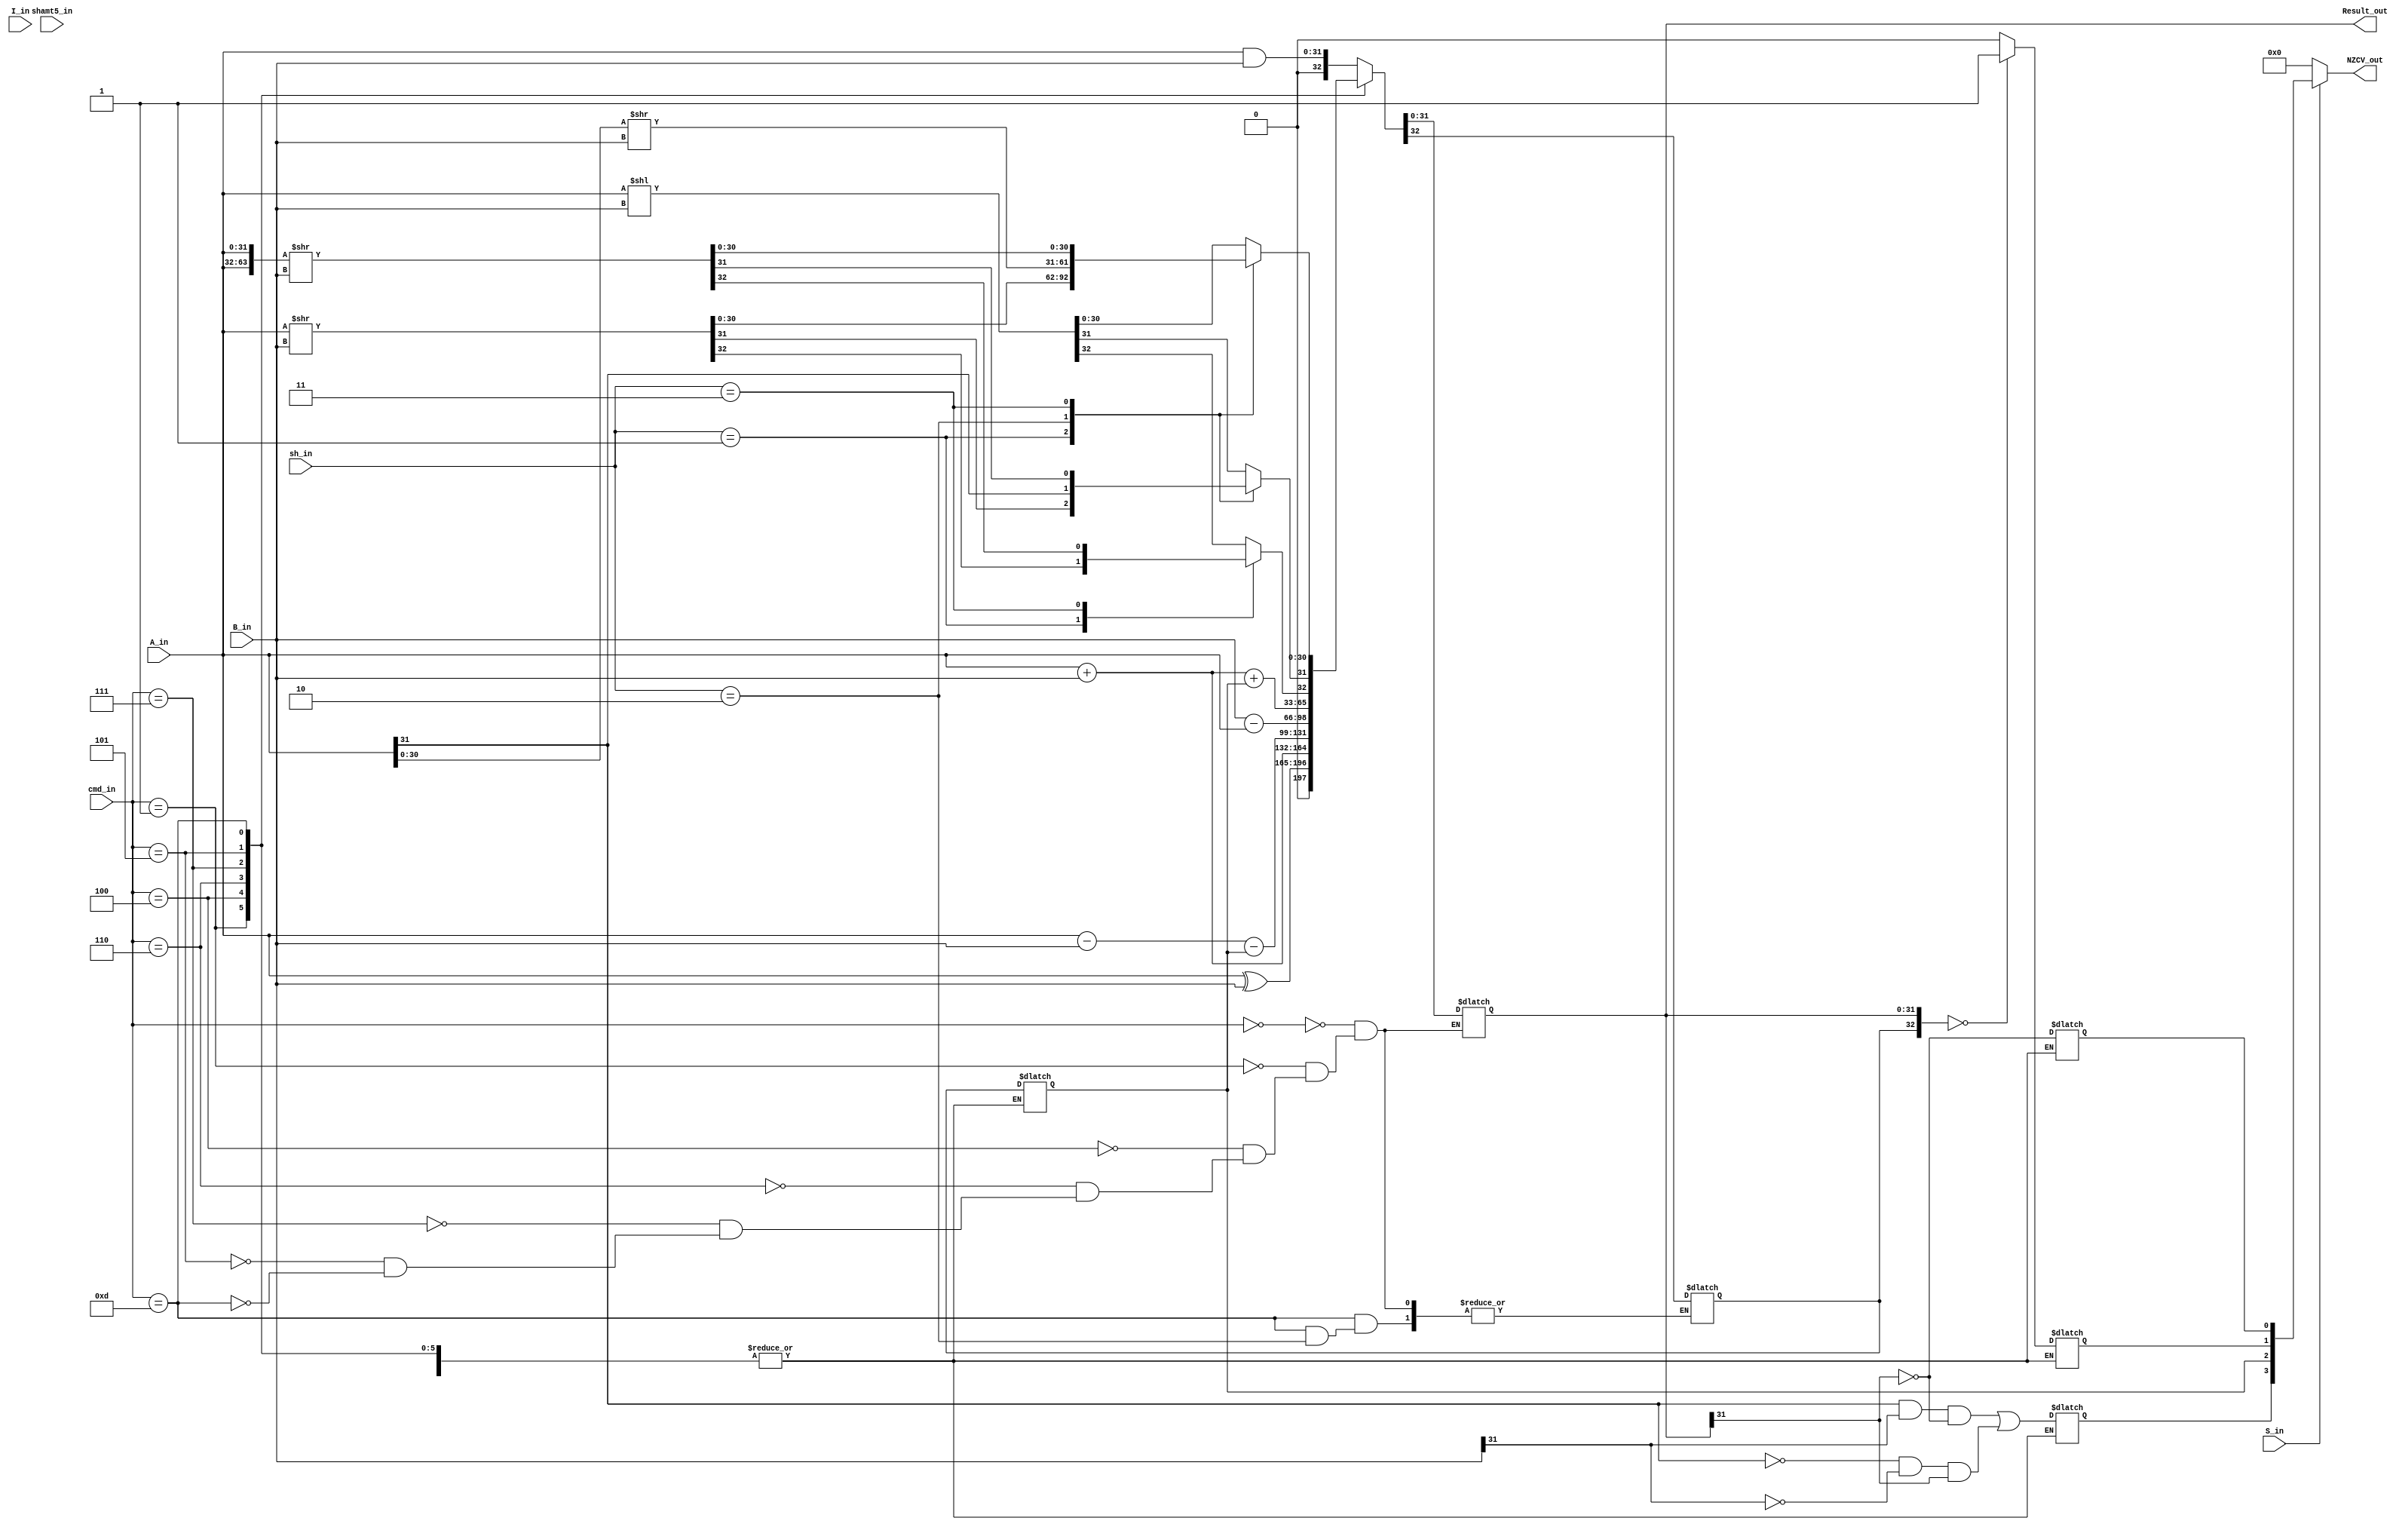
module alu(
	input [31:0] A_in,
	input [31:0] B_in,
	input [3:0] cmd_in,
	input [1:0] sh_in,
	input [4:0] shamt5_in,
	input I_in,
	input S_in,

	output [31:0] Result_out,
	output [3:0] NZCV_out);
	
	reg [32:0] result = 0;
	reg [3:0] NZCV = 0;
	
	assign Result_out[31:0] = result[31:0];
	assign NZCV_out = (S_in == 1'b1)?NZCV:0;
	
	localparam cmd_bitwise_and = 4'b0000;
	localparam cmd_bitwise_xor = 4'b0001;

	localparam cmd_shift = 4'b1101;
	localparam cmd_shift_logical_left = 2'b00;
	localparam cmd_shift_logical_right = 2'b01;
	localparam cmd_shift_arithmetic_right = 2'b10;
	localparam cmd_shift_rotate = 2'b11;
	
	localparam cmd_add = 4'b0100;
	localparam cmd_add_with_carry = 4'b0101;
	localparam cmd_sub_with_carry = 4'b0110;
	localparam cmd_reverse_sub = 4'b0111;				
	
	always@(*) begin
		case(cmd_in) 
			cmd_bitwise_and: begin
				result = A_in & B_in;
			end
			
			cmd_bitwise_xor: begin
				result = A_in ^ B_in;
			end
			
			cmd_add : begin
				result = A_in + B_in;
			end
			
			cmd_sub_with_carry: begin
				result = A_in-B_in-NZCV[2];
			end
			
			cmd_reverse_sub: begin
				result = B_in-A_in;
			end
			
			cmd_add_with_carry: begin
				result = A_in+B_in+NZCV[2];
			end
			
			cmd_shift: begin
				case(sh_in)
					cmd_shift_logical_left: begin
						result = A_in << B_in;
					end
					cmd_shift_logical_right: begin
						result = A_in >> B_in;
					end
					cmd_shift_arithmetic_right: begin
						result[31] = A_in[31];
						result[30:0] = A_in[30:0] >> B_in;
					end
					cmd_shift_rotate: begin
						result = {A_in,A_in} >> B_in;
					end
				endcase
			end
			default: begin
				NZCV[0] = ~result[31];
				NZCV[1] = (result == 0) ? 1'b1 : 0;
				NZCV[2] = result[32];
				NZCV[3] = (A_in[31] == 1 && B_in[31] == 1 && result[31] == 0) ||
						  (A_in[31] == 0 && B_in[31] == 0 && result[31] == 1);
			end
		endcase
	end
	
endmodule